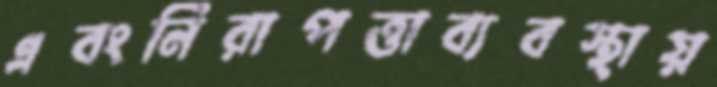
এবংনিরাপত্তাব্যবস্থায়